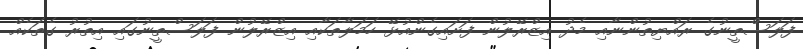
ފަލަސްތީނުގެ ރައްޔިތުންނާއި މެދު އިޒްރޭލުން ފަށައިގެންއުޅޭ ހަމަލާތަކާއި އިޒްރޭލުން ފަލަސްތީނުގައި އިތުރު ގެތަކެއް